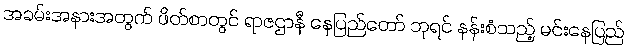
အခမ်းအနားအတွက် ဖိတ်စာတွင် ရာဇဌာနီ နေပြည်တော် ဘုရင် နန်းစံသည့် မင်းနေပြည်